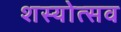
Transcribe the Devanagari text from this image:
शस्योत्सव